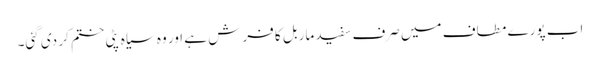
اب پورے مطاف میں صرف سفید ماربل کا فرش ہے اور وہ سیاہ پٹی ختم کر دی گئی۔